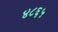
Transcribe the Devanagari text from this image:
४८६५